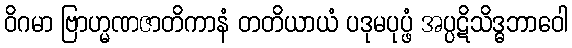
ဝိဂမာ ဗြာဟ္မဏဇာတိကာနံ တတိယာယံ ပဒုမပုပ္ဖံ အပ္ပဋိသိဒ္ဓဘာဝေါ